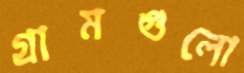
গ্রামগুলো